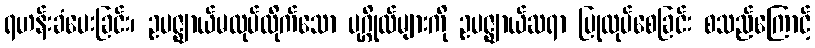
ရဟန်းခံပေးခြင်း၊ ဥပဇ္ဈာယ်မလုပ်ထိုက်သော ပုဂ္ဂိုလ်များကို ဥပဇ္ဈာယ်ဆရာ ပြုလုပ်စေခြင်း စသည်ကြောင့်